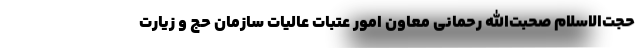
حجت‌الاسلام صحبت‌الله رحمانی معاون امور عتبات عالیات سازمان حج و زیارت